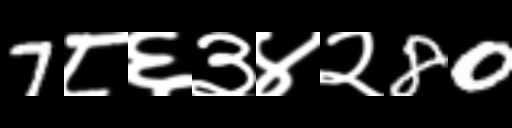
Text: 7८६३४२80